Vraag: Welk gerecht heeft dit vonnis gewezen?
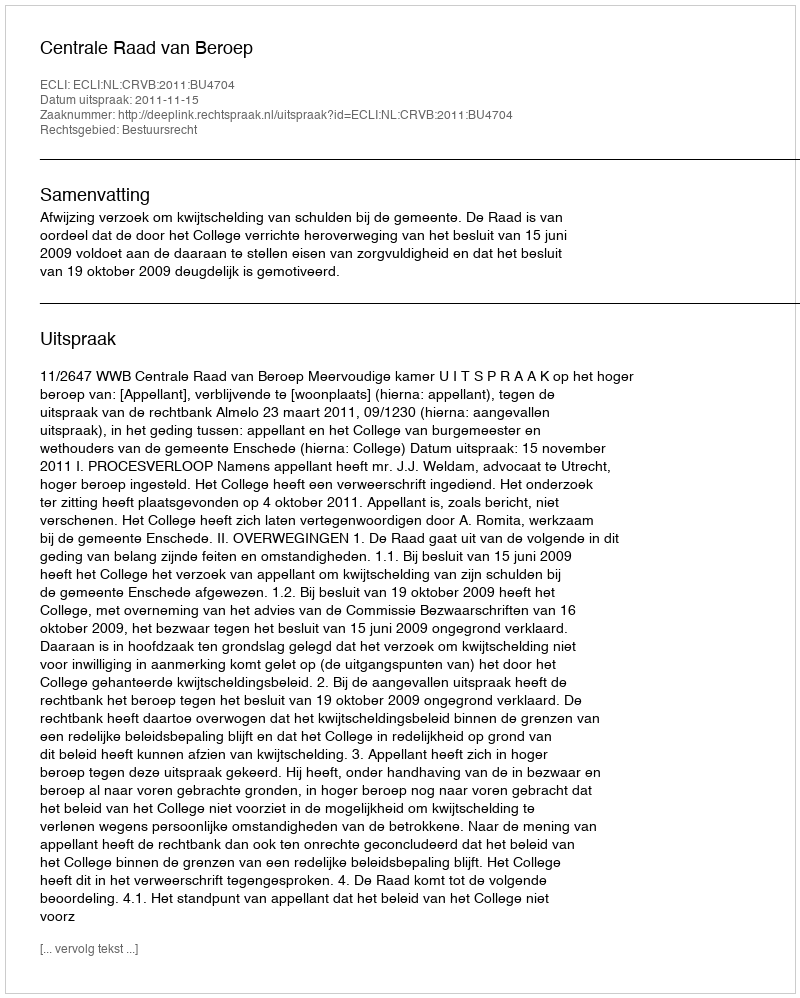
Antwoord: Centrale Raad van Beroep